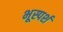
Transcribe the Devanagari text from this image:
भूस्पर्श